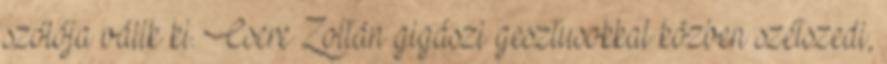
szólója válik ki. Csere Zoltán gigászi gesztusokkal közben szétszedi,